Lunatic asylums in Bengal annual reports 1912-1924 - 1912-1924
Year: 1912
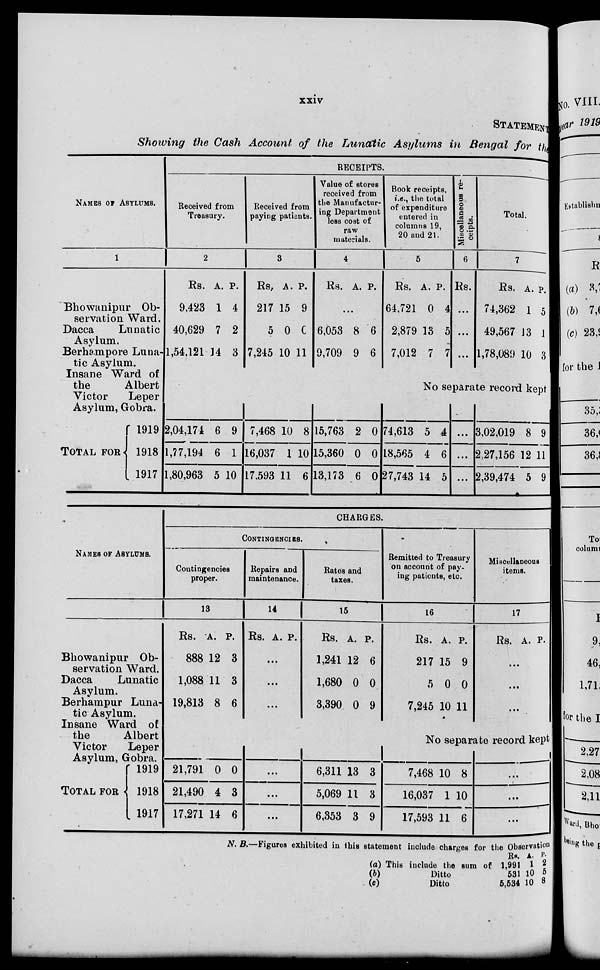
xxiv
STATEMENT
Showing the Cash Account of the Lunatic Asylums in Bengal for the
NAMES OF ASYLUMS.
1
Bhowanipur Ob-
servation Ward.
Dacca
Lunatic
Asylum.
Berhampore Luna-
tic Asylum.
Insane Ward of
the
Albert
Victor
Leper
Asylum, Gobra.
TOTAL FOR
1919
1918
1917
RECEIPTS.
Received from
Treasury.
2
Rs.
9,423
40,629
1,54,121
A.
1
7
14
P.
4
2
3
Received from
paying patients.
3
Rs.
217
5
7,245
A.
15
0
10
P.
9
0
11
Value of stores
received from
the Manufactur-
ing Department
less cost of
raw
materials.
4
Rs. A. P.
...
6,053
9,709
8
9
6
6
Book receipts,
i.e., the total
of expenditure
entered in
columns 19,
20 and 21.
5
Rs.
64,721
2,879
7,012
A.
0
13
7
P.
4
5
7
Miscellaneous re-
ceipts.
6
Rs.
...
...
...
Total.
7
Rs.
74,362
49,567
1,78,089
A.
1
13
10
P.
5
1
3
No separate record kept
2,04,174
1,77,194
1,80,963
6
6
5
9
1
10
7,468
16,037
17,593
10
1
11
8
10
6
15,763
15,360
13,173
2
0
6
0
0
0
74,613
18,565
27,743
5
4
14
4
6
5
...
...
...
3,02,019
2,27,156
2,39,474
8
12
5
9
11
9
NAMES OF ASYLUMS.
Bhowanipur Ob-
servation Ward.
Dacca
Lunatic
Asylum.
Berhampur Luna-
tic Asylum.
Insane Ward of
the
Albert
Victor
Leper
Asylum, Gobra.
TOTAL FOR
1919
1918
1917
CHARGES.
CONTINGENCIES.
Contingencies
proper.
13
Rs.
888
1,088
19,813
A.
12
11
8
P.
3
3
6
Repairs and
maintenance.
14
Rs. A. P.
...
...
...
Rates and
taxes.
15
Rs.
1,241
1,680
3,390
A.
12
0
0
P.
6
0
9
Remitted to Treasury
on account of pay-
ing patients, etc.
16
Rs.
217
5
7,245
A.
15
0
10
P.
9
0
11
Miscellaneous
items.
17
Rs. A. P.
...
...
...
No separate record kept
21,791
21,490
17,271
0
4
14
0
3
6
...
...
...
6,311
5,069
6,353
13
11
3
3
3
9
7,468
16,037
17,593
10
1
11
8
10
6
...
...
...
N. B.—Figures exhibited in this statement include charges for the Observation
(a) This include the sum of
(b)
Ditto
(c)
Ditto
Rs.
1,991
531
5,534
A.
1
10
10
P.
2
5
8